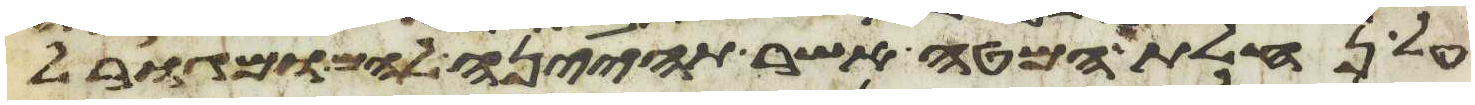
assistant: על נחלת המטה אשר תהיינה להם ומגורל